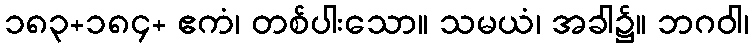
၁၈၃+၁၈၄+ ဧကံ၊ တစ်ပါးသော။ သမယံ၊ အခါ၌။ ဘဂဝါ၊